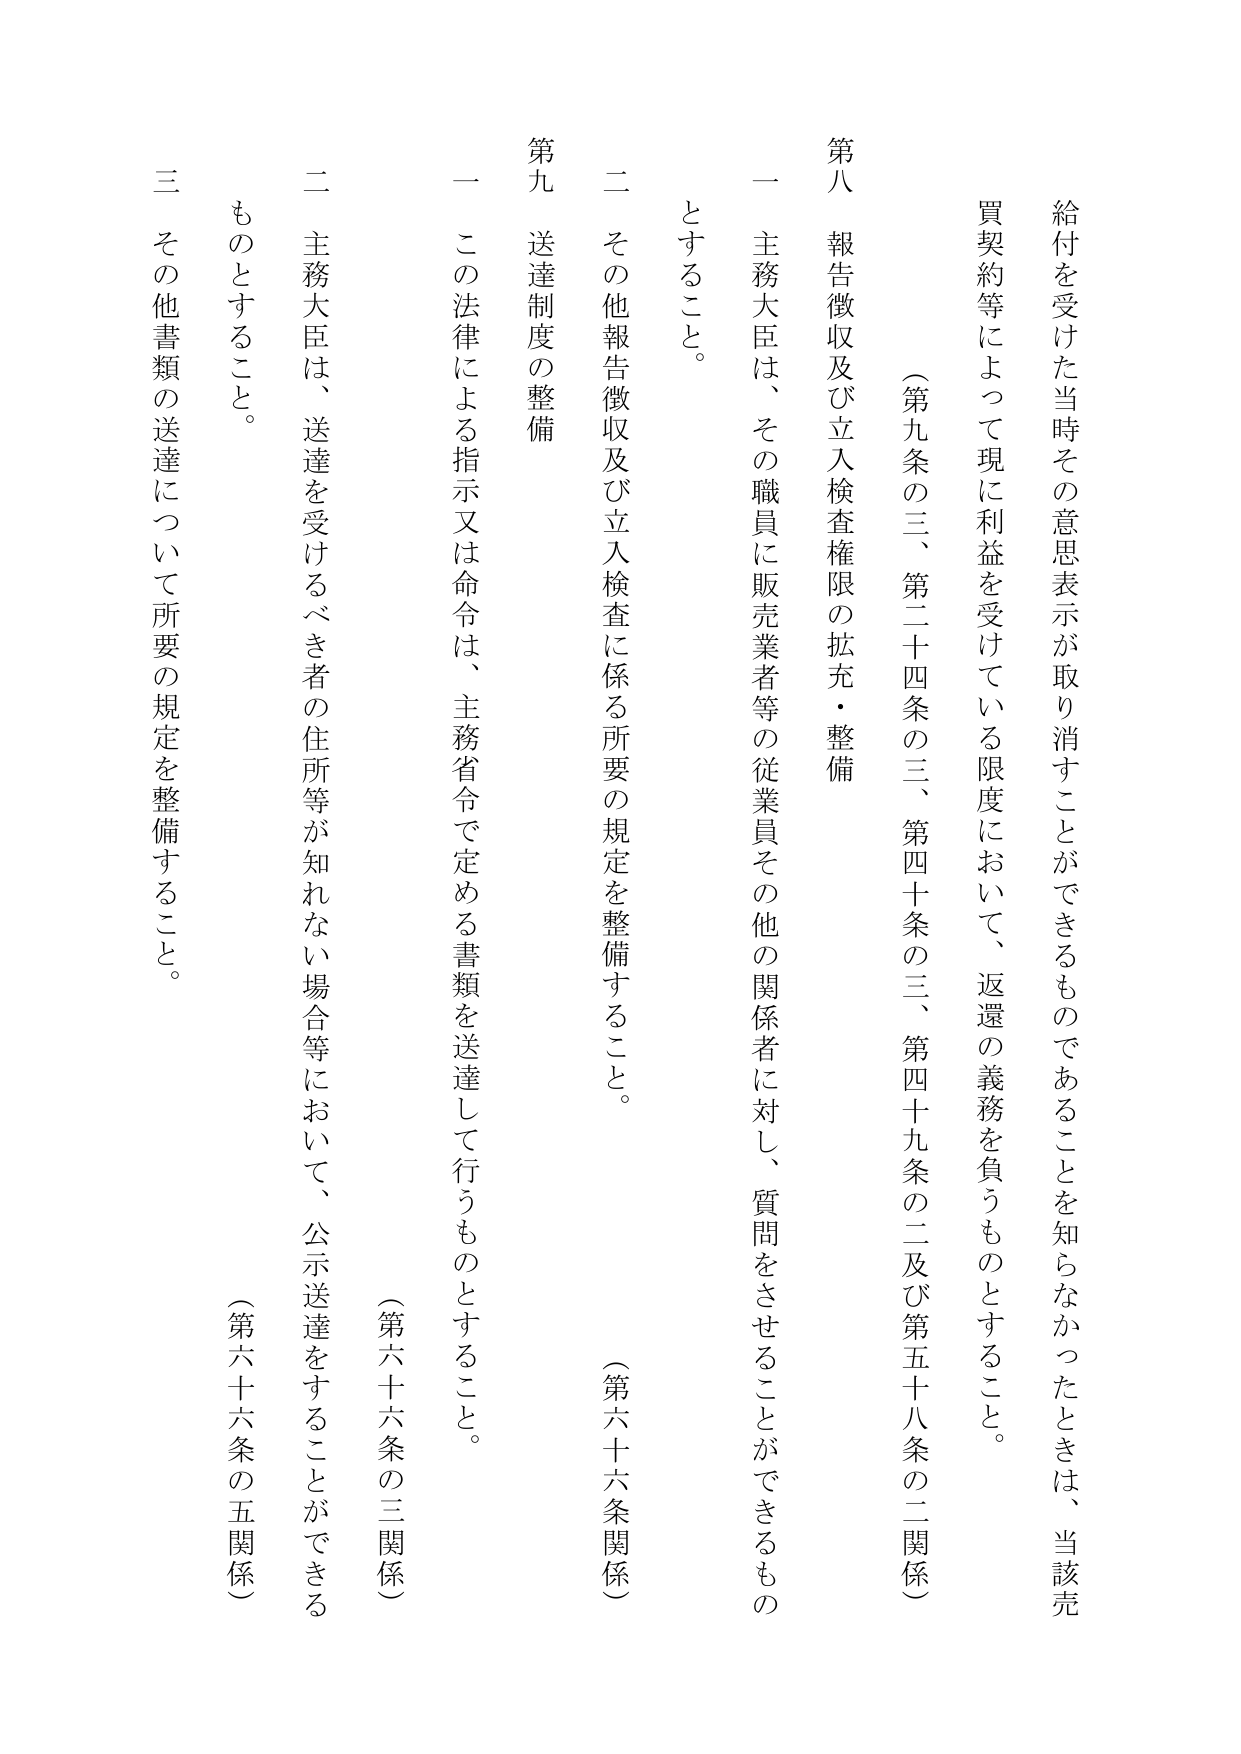
給付を受けた当時その意思表示が取消すことができるものであることを知らなかったときは、当該売買契約等によって現に利益を受けている限度において、返還の義務を負うものとすること。

（第九条の三、第二十四条の三、第四十条の三、第四十九条の二及び第五十八条の二関係）

第八 報告徴収及び立入検査権限の拡充・整備

一 主務大臣は、その職員に販売業者等の従業員その他の関係者に対し、質問をさせることができるものとすること。

二 その他報告徴収及び立入検査に係る所要の規定を整備すること。

（第六十六条関係）

第九 送達制度の整備

一 この法律による指示又は命令は、主務省令で定める書類を送達して行うものとすること。

（第六十六条の三関係）

二 主務大臣は、送達を受けるべき者の住所等が知れない場合等において、公示送達をすることができるものとすること。

（第六十六条の五関係）

三 その他書類の送達について所要の規定を整備すること。